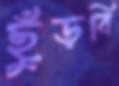
ছুঁড়বি